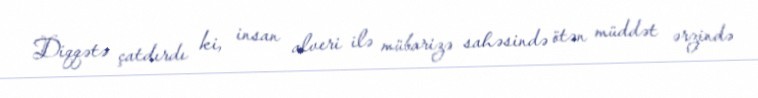
Diqqətə çatdırdı ki, insan alveri ilə mübarizə sahəsində ötən müddət ərzində